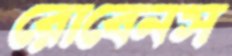
রোবেনস